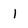
Character: 1